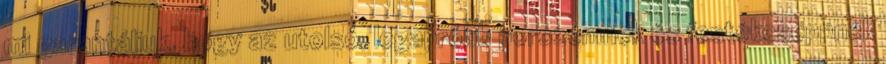
mi garantáljuk, hogy az utolsó, legapróbb porszemnek és festékcseppnek